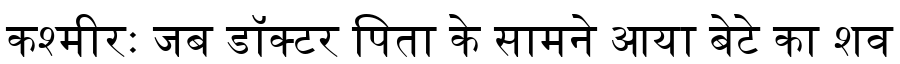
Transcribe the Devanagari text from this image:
कश्मीरः जब डॉक्टर पिता के सामने आया बेटे का शव